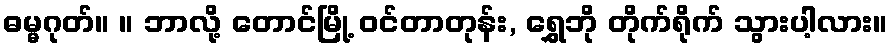
ဓမ္မဂုတ်။ ။ ဘာလို့ တောင်မြို့ ဝင်တာတုန်း, ရွှေဘို တိုက်ရိုက် သွားပါ့လား။